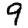
Digit: 9